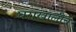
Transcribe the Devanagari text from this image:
घराखालीच